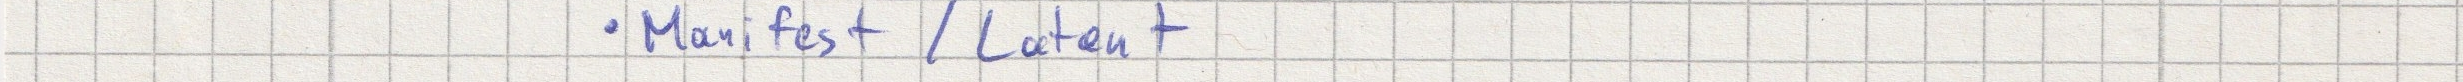
- Manifest / Latent